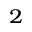
^ { 2 }